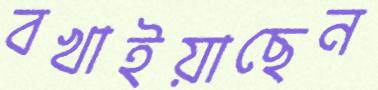
বখাইয়াছেন